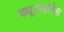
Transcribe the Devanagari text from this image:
ड्यूराइटिस